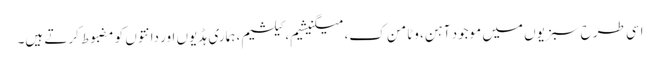
اسی طرح سبزیوں میں موجود آہن، وٹامن ک، میگنیشیم، کیلشیم، ہماری ہڈیوں اور دانتوں کو مضبوط کرتے ہیں۔